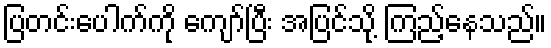
ပြတင်းပေါက်ကို ကျော်ပြီး အပြင်သို့ ကြည့်နေသည်။